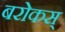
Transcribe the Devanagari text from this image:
बरोकस्